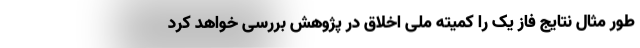
طور مثال نتایج فاز یک را کمیته ملی اخلاق در پژوهش بررسی خواهد کرد